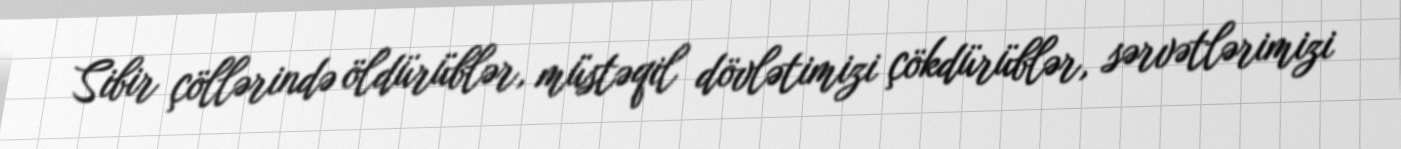
Sibir çöllərində öldürüblər, müstəqil dövlətimizi çökdürüblər, sərvətlərimizi